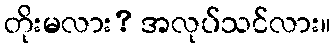
တိုးမလား? အလုပ်သင်လား။